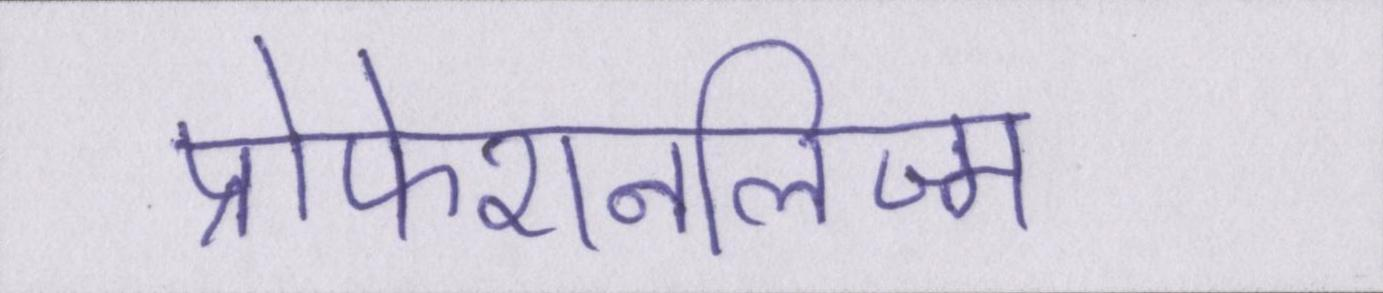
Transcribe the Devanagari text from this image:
प्रोफेशनलिज्म